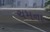
ચમના